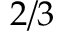
2 / 3